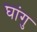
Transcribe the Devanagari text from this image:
घांगु